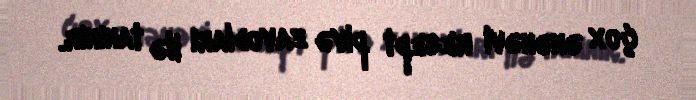
çox ənənəvi resept pivə zavodları ilə tanınır.